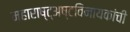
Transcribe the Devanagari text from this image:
महाराष्ट्अष्टविनायकांची